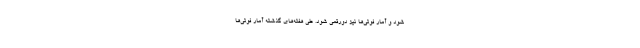
شود و آمار فوتی‌ها نیز دورقمی شود. طی هفته‌های گذشته آمار فوتی‌ها